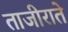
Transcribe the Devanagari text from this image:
ताजीराते